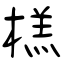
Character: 榚